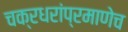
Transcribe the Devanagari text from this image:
चक्रधरांप्रमाणेच